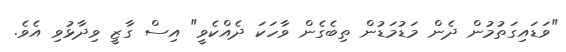
"ވަޑައިގަތުމުން ދެން މަޑުމަޑުން ތިބެގެން ވާހަކަ ދެއްކެވީ" އިސް ގާޒީ ވިދާޅުވި އެވެ.